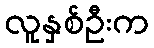
လူနှစ်ဦးက